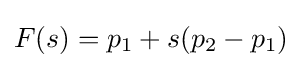
F(s)=p_{1}+s(p_{2}-p_{1})